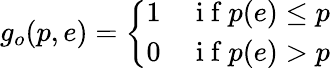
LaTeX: g_{o}(p,e)=\left\{ \begin{array}{ll}{1}&{\mathrm{~i~f~}p(e)\leq p}\\ {0}&{\mathrm{~i~f~}p(e)>p}\end{array}\right.